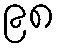
၉၈